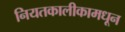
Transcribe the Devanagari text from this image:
नियतकालीकामधून